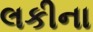
લકીના